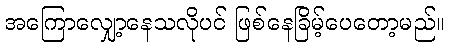
အကြောလျှော့နေသလိုပင် ဖြစ်နေခြိမ့်ပေတော့မည်။